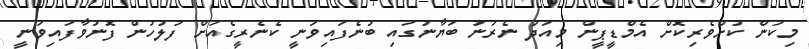
މިކަން ކުށްވެރިކޮށް އެމްޑީޕީން މިއަދު ނެރުނު ބަޔާނުގައި ބުނެފައިވަނީ ކެނެރީގެއަށް ފުލުހުން ފޮނުވާފައިވަނީ